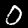
Label: 0